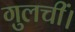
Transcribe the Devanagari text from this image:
गुलचीं।